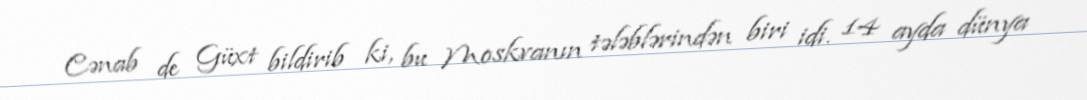
Cənab de Güxt bildirib ki, bu Moskvanın tələblərindən biri idi. 14 ayda dünya